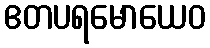
ဧတပရမောယေဝ